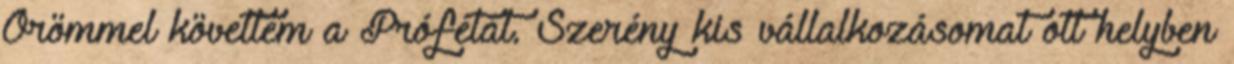
Örömmel követtem a Prófétát. Szerény kis vállalkozásomat ott helyben